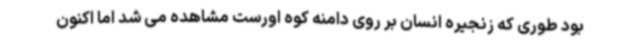
بود طوری که زنجیره انسان بر روی دامنه کوه اورست مشاهده می شد اما اکنون